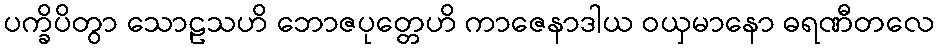
ပက္ခိပိတွာ သောဠသဟိ ဘောဇပုတ္တေဟိ ကာဇေနာဒါယ ဝယှမာနော ဓရဏီတလေ